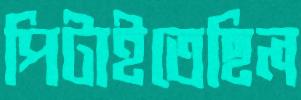
পিটাইতেছিল